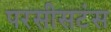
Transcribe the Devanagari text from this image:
परसीसटंस